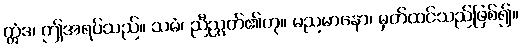
ဣံဒ၊ ဤအရပ်သည်။ သမံ၊ ညီညွတ်၏ဟု။ မညမာနော၊ မှတ်ထင်သည်ဖြစ်၍။